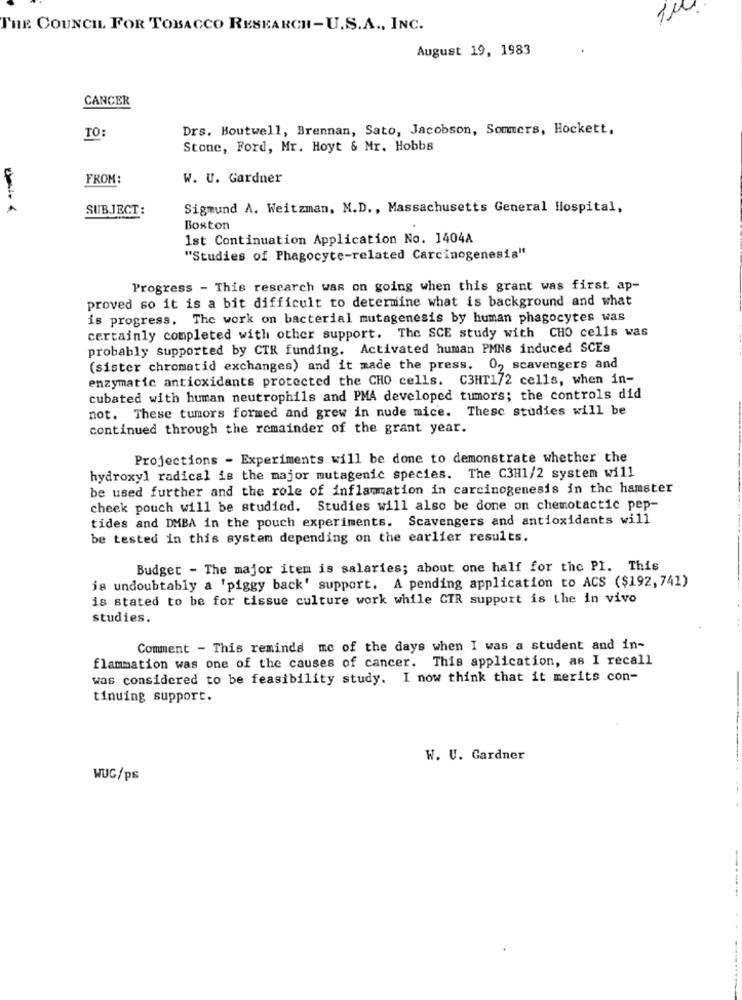
THE COUNCIL FOR TOBACCO RESEARCH-U.S.A ., INC.
August 19, 1983
CANCER
Drs. Boutwell, Brennan, Sato, Jacobson, Sommers, Hockett,
TO:
Stone, Ford, Mr. Hoyt & Mr. Hobbs
FROM:
W. U. Gardner
SUBJECT:
Sigmund A. Weitzman, M.D ., Massachusetts General Hospital,
Boston
1st Continuation Application No. 1404A
"Studies of Phagocyte-related Carcinogenesis"
Progress - This research was on going when this grant was first ap-
proved so it is a bit difficult to determine what is background and what
is progress. The work on bacterial mutagenesis by human phagocytes was
certainly completed with other support. The SCE study with CHO cells was
probably supported by CTR funding. Activated human PMNs induced SCEs
(sister chromatid exchanges) and it made the press.
0, scavengers and
enzymatic antioxidants protected the CHO cells. C3HT172 cells, when in-
cubated with human neutrophils and PMA developed tumors; the controls did
not. These tumors formed and grew in nude mice. Thesc studies will be
continued through the remainder of the grant year.
Projections - Experiments will be done to demonstrate whether the
hydroxyl radical is the major mutagenic species. The C3H1/2 system will
be used further and the role of inflammation in carcinogenesis in the hamster
cheek pouch will be studied. Studies will also be done on chemotactic pep-
tides and DMBA in the pouch experiments. Scavengers and antioxidants will
be tested in this system depending on the earlier results.
Budget - The major item is salaries; about one half for the PI. This
is undoubtably a 'piggy back' support. A pending application to ACS ($192, 741)
is stated to be for tissue culture work while CTR support is the in vivo
studies.
Comment - This reminds me of the days when I was a student and in-
flammation was one of the causes of cancer. This application, as I recall
was considered to be feasibility study. I now think that it merits con-
tinuing support.
W. U. Gardner
WUG/ps